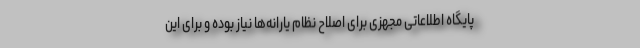
پایگاه اطلاعاتی مجهزی برای اصلاح نظام یارانه‌ها نیاز بوده و برای این